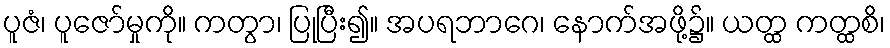
ပူဇံ၊ ပူဇော်မှုကို။ ကတွာ၊ ပြုပြီး၍။ အပရဘာဂေ၊ နောက်အဖို့၌။ ယတ္ထ ကတ္ထစိ၊